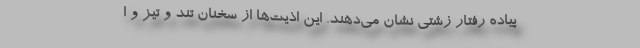
پیاده رفتار زشتی نشان می‌دهند. این اذیت‌ها از سخنان تند و تیز و ا